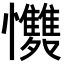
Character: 𭟩